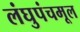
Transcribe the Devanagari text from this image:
लंघुपंचमूल